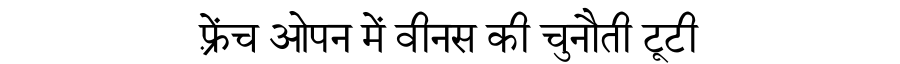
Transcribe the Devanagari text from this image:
फ़्रेंच ओपन में वीनस की चुनौती टूटी